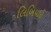
લિબિયાઈ